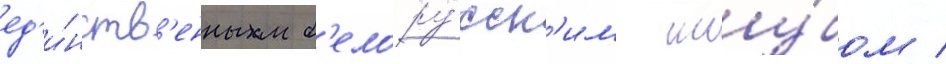
ед'и́нств'енным б'елору́сск'им клу́бом /